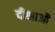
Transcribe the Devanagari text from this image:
दीक्षाओं